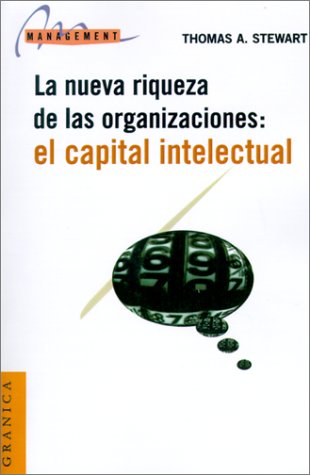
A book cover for El Capital Intelectual: La Nueva Riqueza de las Organizaciones = Intellectual Capital (Spanish Edition); Thomas A. Stewart; Business & Money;